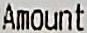
AMOUNT